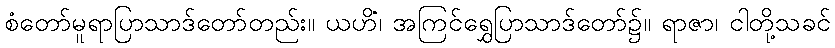
စံတော်မူရာပြာသာဒ်တော်တည်း။ ယဟိံ၊ အကြင်ရွှေပြာသာဒ်တော်၌။ ရာဇာ၊ ငါတို့သခင်